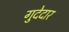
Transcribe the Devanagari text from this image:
गुदेदार